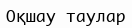
Оқшау таулар